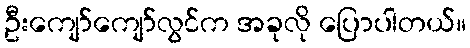
ဦးကျော်ကျော်လွင်က အခုလို ပြောပါတယ်။